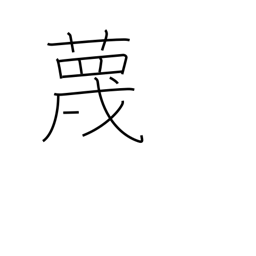
Meaning: ridicule